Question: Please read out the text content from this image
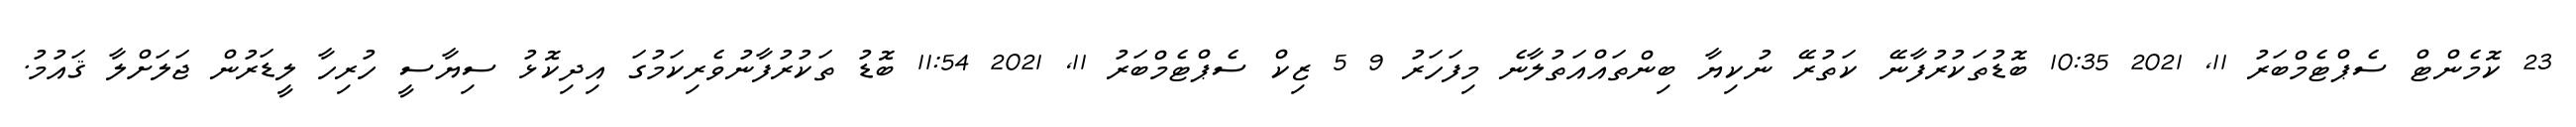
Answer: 23 ކޮމެންޓް ސެޕްޓެމްބަރު 11, 2021 10:35 ބޮޑުތަކުރުފާނޭ ކަތުރޭ ނުކިޔާ ބިންތައްއަތުލާނެ މިފަހަރު 9 5 ޒިކް ސެޕްޓެމްބަރު 11, 2021 11:54 ބޮޑު ތަކުރުފާނުވެރިކަމުގަ އިދިކޮޅު ސިޔާސީ ހުރިހާ ލީޑަރުން ޖަލަށްލާ ޤައުމު.